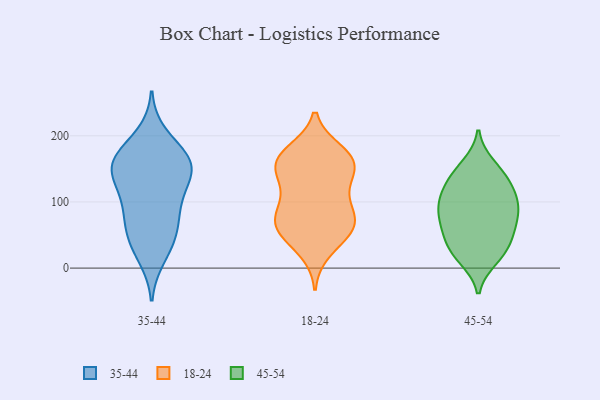
{"axis": {"x": "Tickets Resolved", "y": "Value"}, "legend": ["18-24", "35-44", "45-54"], "data": [{"x": "", "y": 116, "type": "35-44"}, {"x": "", "y": 18, "type": "35-44"}, {"x": "", "y": 63, "type": "35-44"}, {"x": "", "y": 165, "type": "35-44"}, {"x": "", "y": 44, "type": "35-44"}, {"x": "", "y": 148, "type": "35-44"}, {"x": "", "y": 86, "type": "35-44"}, {"x": "", "y": 148, "type": "35-44"}, {"x": "", "y": 200, "type": "35-44"}, {"x": "", "y": 165, "type": "35-44"}, {"x": "", "y": 171, "type": "35-44"}, {"x": "", "y": 38, "type": "35-44"}, {"x": "", "y": 150, "type": "35-44"}, {"x": "", "y": 111, "type": "35-44"}, {"x": "", "y": 79, "type": "35-44"}, {"x": "", "y": 151, "type": "35-44"}, {"x": "", "y": 78, "type": "18-24"}, {"x": "", "y": 159, "type": "18-24"}, {"x": "", "y": 57, "type": "18-24"}, {"x": "", "y": 128, "type": "18-24"}, {"x": "", "y": 60, "type": "18-24"}, {"x": "", "y": 158, "type": "18-24"}, {"x": "", "y": 155, "type": "18-24"}, {"x": "", "y": 147, "type": "18-24"}, {"x": "", "y": 26, "type": "18-24"}, {"x": "", "y": 176, "type": "18-24"}, {"x": "", "y": 68, "type": "18-24"}, {"x": "", "y": 83, "type": "18-24"}, {"x": "", "y": 100, "type": "18-24"}, {"x": "", "y": 166, "type": "18-24"}, {"x": "", "y": 116, "type": "18-24"}, {"x": "", "y": 49, "type": "18-24"}, {"x": "", "y": 173, "type": "18-24"}, {"x": "", "y": 67, "type": "18-24"}, {"x": "", "y": 102, "type": "45-54"}, {"x": "", "y": 47, "type": "45-54"}, {"x": "", "y": 34, "type": "45-54"}, {"x": "", "y": 63, "type": "45-54"}, {"x": "", "y": 132, "type": "45-54"}, {"x": "", "y": 93, "type": "45-54"}, {"x": "", "y": 135, "type": "45-54"}, {"x": "", "y": 77, "type": "45-54"}, {"x": "", "y": 14, "type": "45-54"}, {"x": "", "y": 94, "type": "45-54"}, {"x": "", "y": 88, "type": "45-54"}, {"x": "", "y": 69, "type": "45-54"}, {"x": "", "y": 121, "type": "45-54"}, {"x": "", "y": 156, "type": "45-54"}, {"x": "", "y": 18, "type": "45-54"}, {"x": "", "y": 51, "type": "45-54"}, {"x": "", "y": 148, "type": "45-54"}, {"x": "", "y": 24, "type": "45-54"}, {"x": "", "y": 110, "type": "45-54"}]}